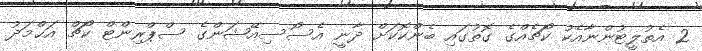
2 އެތުލީޓުންނާއެކު ކޯޗެއްގެ ގޮތުގައި ބެންކޮކަށް ދާނީ އެސޯސިއޭޝަންގެ ސްޕްރިންޓް ކޯޗް އަޙްމަދު